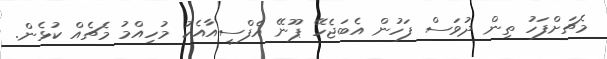
މެޗަށްފަހު ތިން ދުވަސް ފަހުން އެބަޖެހޭ ޕޫނޭ އެފްސީއާއެކު މުހިއްމު މެޗެއް ކުޅެން.